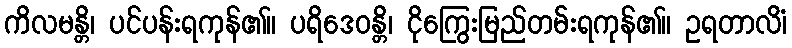
ကိလမန္တိ၊ ပင်ပန်းရကုန်၏။ ပရိဒေဝန္တိ၊ ငိုကြွေးမြည်တမ်းရကုန်၏။ ဥရတာလိံ၊